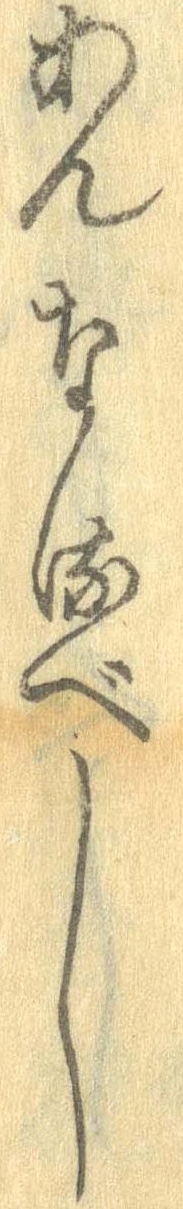
あんなるべし